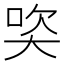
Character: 𪥒